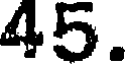
45.